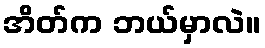
အိတ်က ဘယ်မှာလဲ။